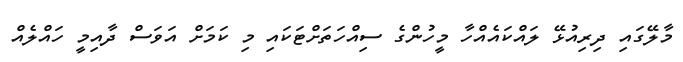
މާލޭގައި ދިރިއުޅޭ ލައްކައެއްހާ މީހުންގެ ސިއްހަތަށްޓަކައި މި ކަމަށް އަވަސް ދާއިމީ ހައްލެއް